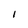
Character: I